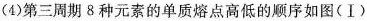
(4)第三周期8种元素的单质熔点高低的顺序如图(Ⅰ)